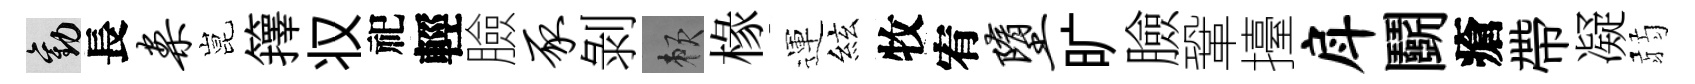
勸長案昆籜𠬧祀輕臉豕剝賴椽運絃牧宥堕旷臉鞏擡戽鬬瘡帶凝弱